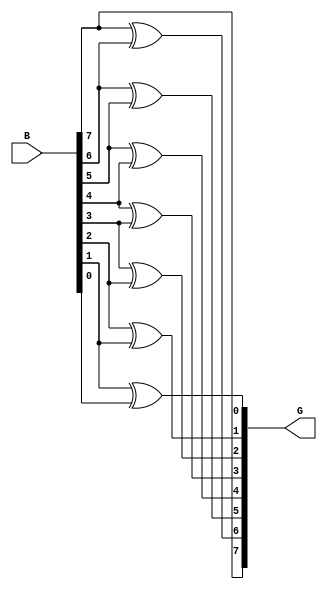
// 8 - BIT Binary to Gray Code COnverter
module B_TO_G_design(
    input [7:0] B,
    output reg [7:0] G
    );
    integer i;
    always @* begin
        for(i = 7; i > 0; i = i - 1) begin
            if(i == 7)begin
                G[i] = B[i];
                G[i - 1] = B[i] ^ B[i - 1];
            end else 
                G[i - 1] = B[i] ^ B[i - 1];
        end 
    end
endmodule